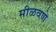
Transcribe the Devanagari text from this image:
मीळवणे